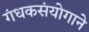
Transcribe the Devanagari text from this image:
गंधकसंयोगाने